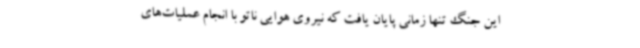
این جنگ تنها زمانی پایان یافت که نیروی هوایی ناتو با انجام عملیات‌های